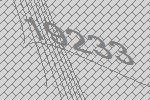
19233